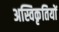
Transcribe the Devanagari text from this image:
अस्विकृतियों